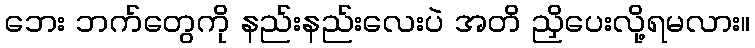
ဘေး ဘက်တွေကို နည်းနည်းလေးပဲ အတိ ညှိပေးလို့ရမလား။